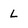
Character: L